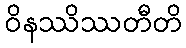
ဝိနဿိဿတီတိ